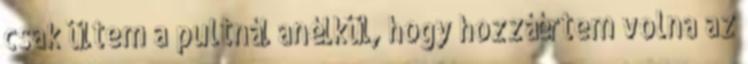
csak ültem a pultnál anélkül, hogy hozzáértem volna az